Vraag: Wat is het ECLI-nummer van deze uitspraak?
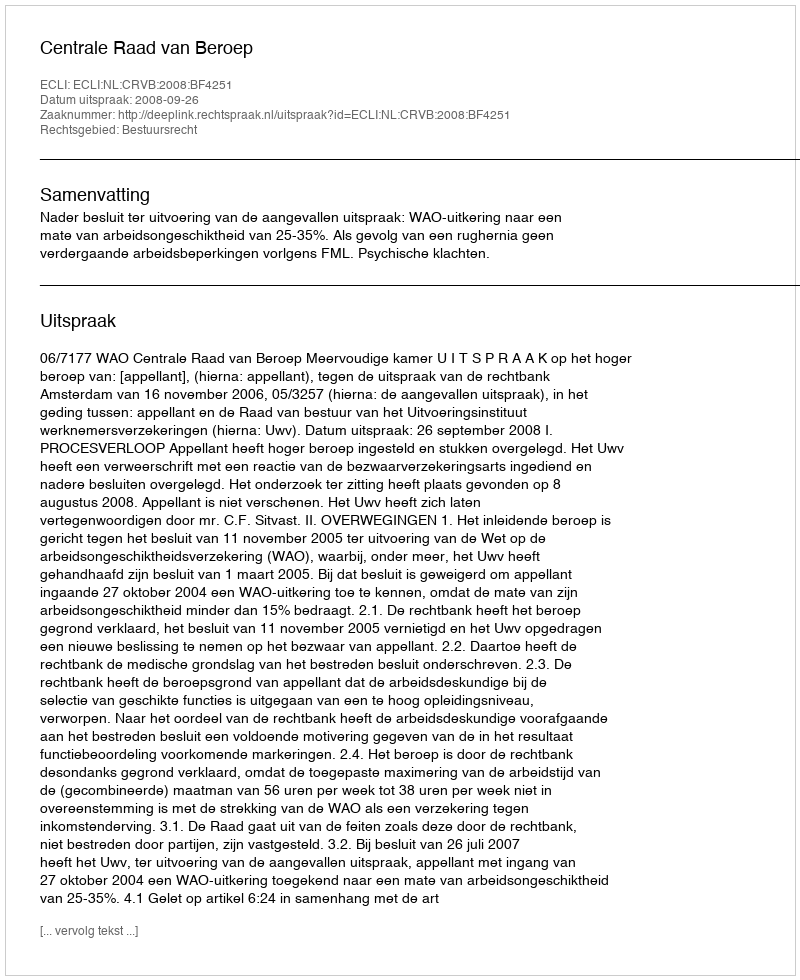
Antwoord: ECLI:NL:CRVB:2008:BF4251